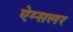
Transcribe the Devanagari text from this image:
ऐम्सलर